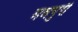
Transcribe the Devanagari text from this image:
मधपुरी